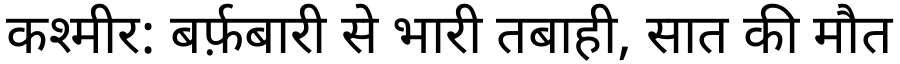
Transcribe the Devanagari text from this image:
कश्मीर: बर्फ़बारी से भारी तबाही, सात की मौत